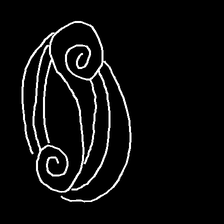
Glyph: wind-underfoot